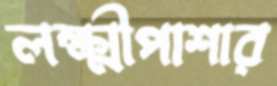
লক্ষ্মীপাশার